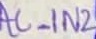
Text: AC_IN2